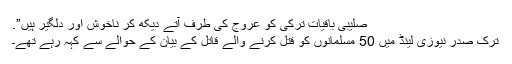
صلیبی باقیات ترکی کو عروج کی طرف آتے دیکھ کر ناخوش اور دلگیر ہیں”.
ترک صدر نیوزی لینڈ میں 50 مسلمانوں کو قتل کرنے والے قاتل کے بیان کے حوالے سے کہہ رہے تھے۔